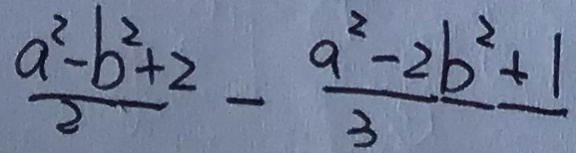
\frac { a ^ { 2 } - b ^ { 2 } + 2 } { 2 } - \frac { a ^ { 2 } - 2 b ^ { 2 } + 1 } { 3 }